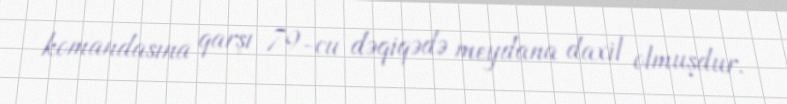
komandasına qarşı 79-cu dəqiqədə meydana daxil olmuşdur.